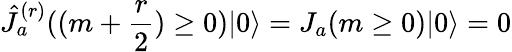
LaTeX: \hat{J}_{a}^{(r)}((m+\frac{r}{2})\geq 0)|0\rangle=J_{a}(m\geq 0)|0\rangle=0